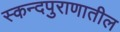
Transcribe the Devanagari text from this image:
स्कन्दपुराणातील